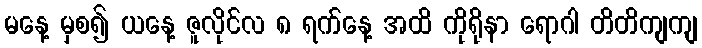
မနေ့ မှစ၍ ယနေ့ ဇူလိုင်လ ၈ ရက်နေ့ အထိ ကိုရိုနာ ရောဂါ တိတိကျကျ